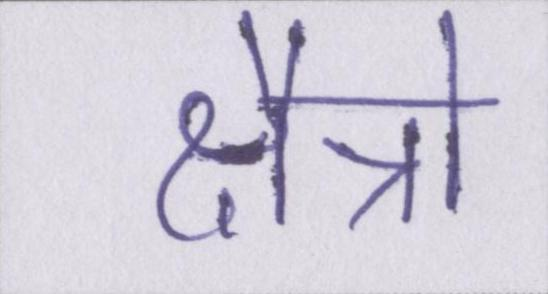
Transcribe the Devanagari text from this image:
क्षैत्रो